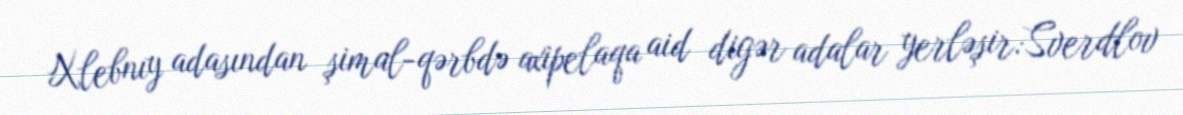
Xlebnıy adasından şimal-qərbdə axipelaqa aid digər adalar yerləşir:Sverdlov